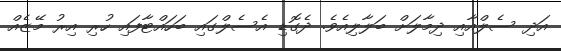
އަދި ސެލްއާއި ދިމާލަށް ބަލާލިއެވެ. ދެގޮޑި އެސެލްގައި ބަހައްޓާފައި ހުރި އިރު މޭޒެއް